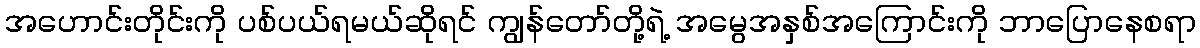
အဟောင်းတိုင်းကို ပစ်ပယ်ရမယ်ဆိုရင် ကျွန်တော်တို့ရဲ့ အမွေအနှစ်အကြောင်းကို ဘာပြောနေစရာ